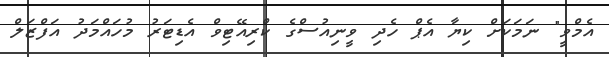
އެމްވީ" ނަމަކަށް ކިޔާ އެޕް ހެދި ވީނިއުސްގެ ކްރިއޭޓިވް އެޑިޓަރު މުހައްމަދު އަފްޒަލް